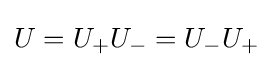
U=U_{+}U_{-}=U_{-}U_{+}